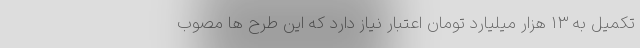
تکمیل به ۱۳ هزار میلیارد تومان اعتبار نیاز دارد که این طرح ها مصوب